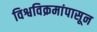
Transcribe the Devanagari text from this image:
विश्वविक्रमांपासून